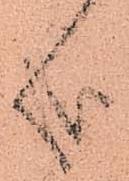
哉